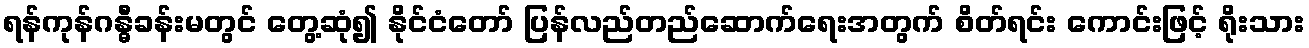
ရန်ကုန်ဂန္ဓီခန်းမတွင် တွေ့ဆုံ၍ နိုင်ငံတော် ပြန်လည်တည်ဆောက်ရေးအတွက် စိတ်ရင်း ကောင်းဖြင့် ရိုးသား